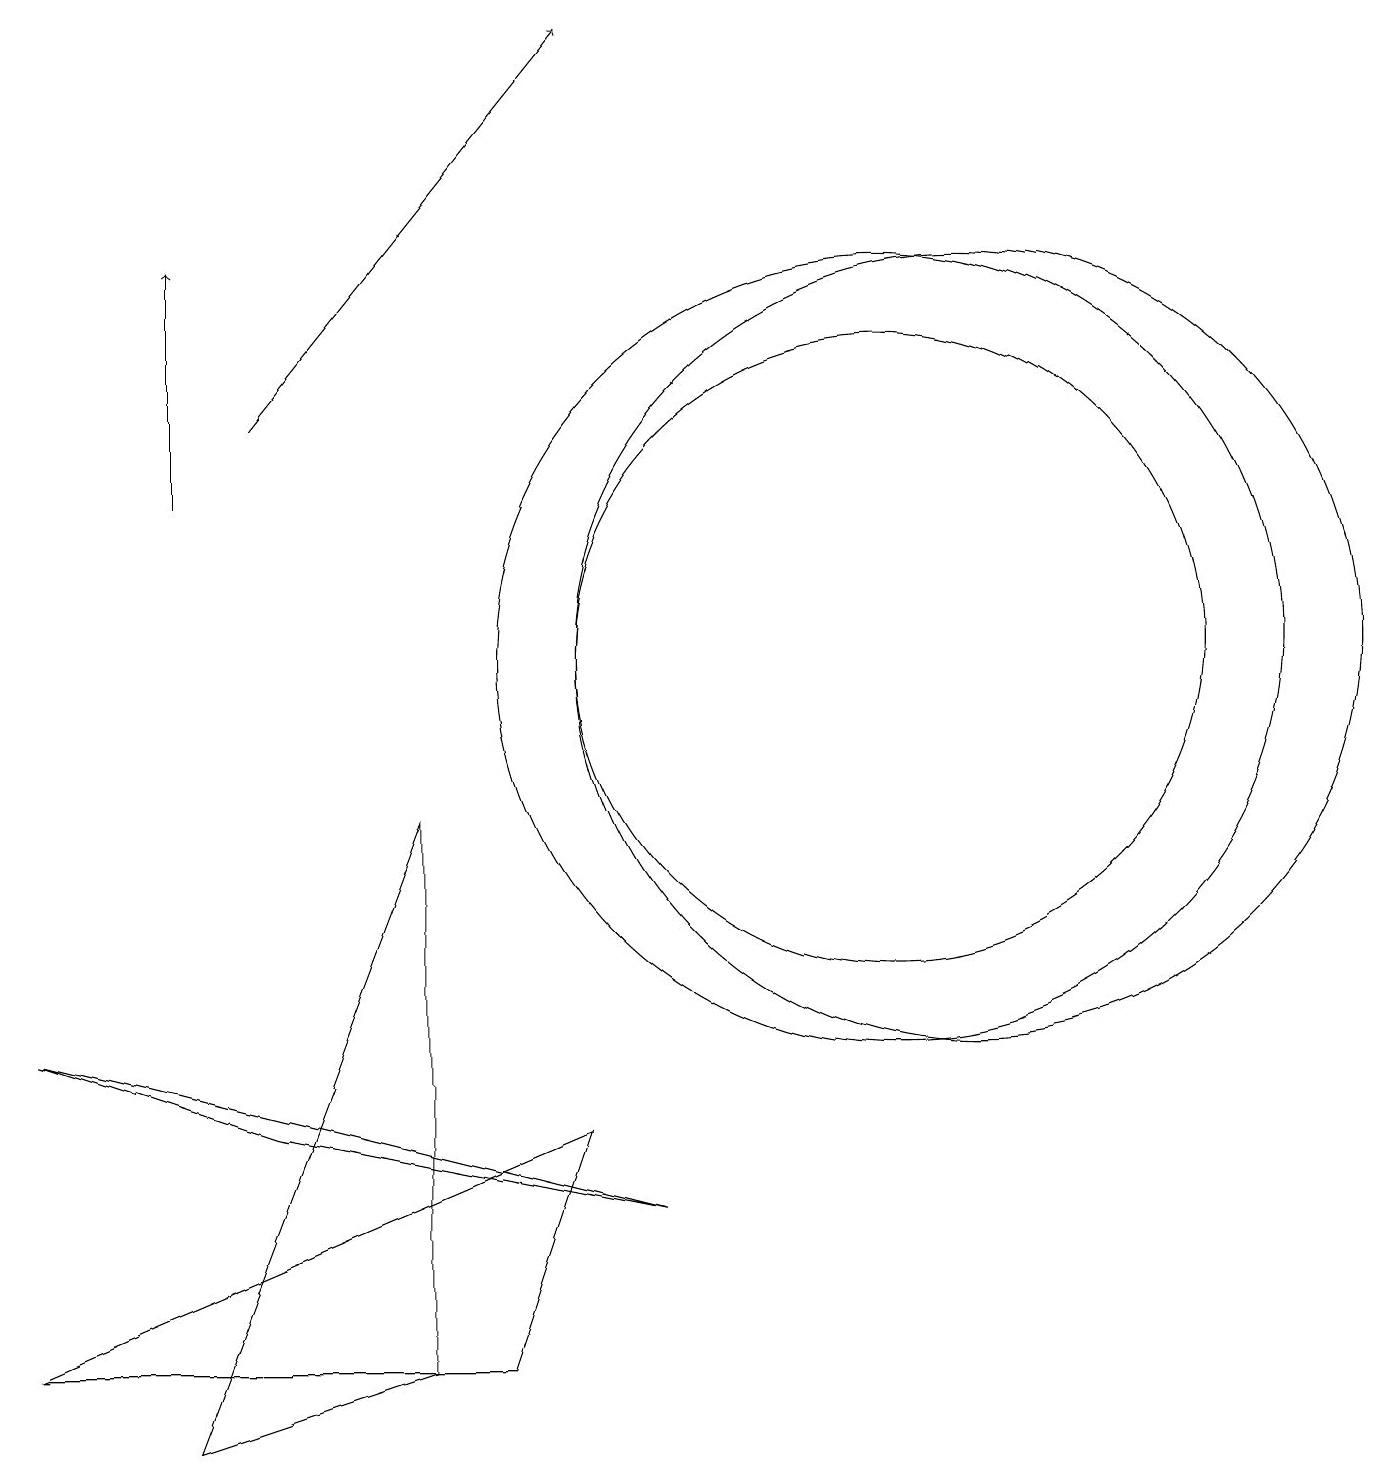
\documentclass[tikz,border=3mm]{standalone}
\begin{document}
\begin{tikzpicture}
\draw (2,0) -- (5,8) -- (5,1) -- cycle;
\draw[->] (2,12) -- (2,15);
\draw (12,10) circle (5);
\draw (7,4) -- (0,1) -- (6,1) -- cycle;
\draw (8,3) -- (3,4) -- (0,5) -- cycle;
\draw (11,10) circle (4);
\draw (11,10) circle (5);
\draw[->] (3,13) -- (7,18);
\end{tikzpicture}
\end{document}